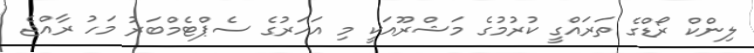
ލިންކް ރޯޑްގެ ތަރައްގީ ކުރުމުގެ މަޝްރޫއަކީ މި އަހަރުގެ ސެޕްޓެމްބަރު މަހު ރާއްޖެ